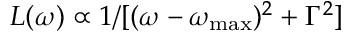
L ( \omega ) \propto 1 / [ ( \omega - \omega _ { \mathrm { m a x } } ) ^ { 2 } + \Gamma ^ { 2 } ]